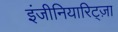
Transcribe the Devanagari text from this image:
इंजीनियारिट्ज़ा